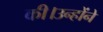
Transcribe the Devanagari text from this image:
की।उन्होंने